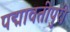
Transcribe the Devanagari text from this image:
पद्मावतीपुरी